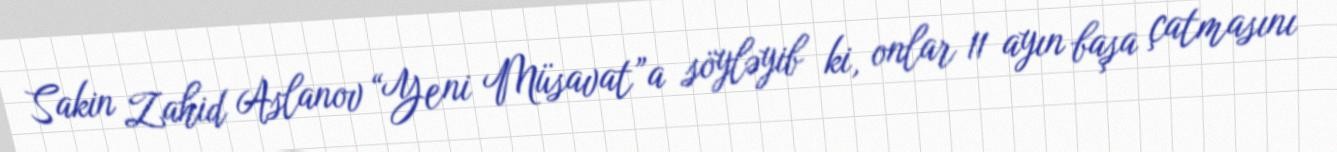
Sakin Zahid Aslanov “Yeni Müsavat”a söyləyib ki, onlar 11 ayın başa çatmasını